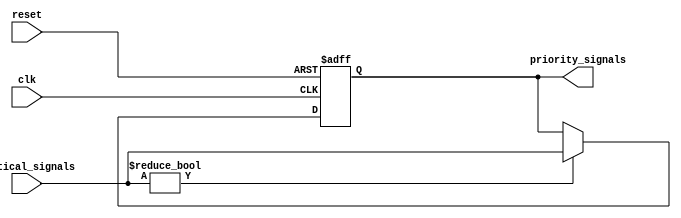
module Priority_Bypass_Register(
    input wire clk,
    input wire reset,
    input wire [7:0] critical_signals,
    output reg [7:0] priority_signals
);

always @(posedge clk or posedge reset) begin
    if (reset) begin
        priority_signals <= 8'b00000000;
    end else begin
        if (critical_signals != 8'b00000000) begin
            priority_signals <= critical_signals;
        end
    end
end

endmodule